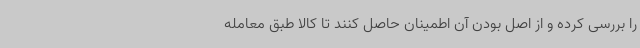
را بررسی کرده و از اصل بودن آن اطمینان حاصل کنند تا کالا طبق معامله